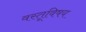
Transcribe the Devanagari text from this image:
वस्तूविषय